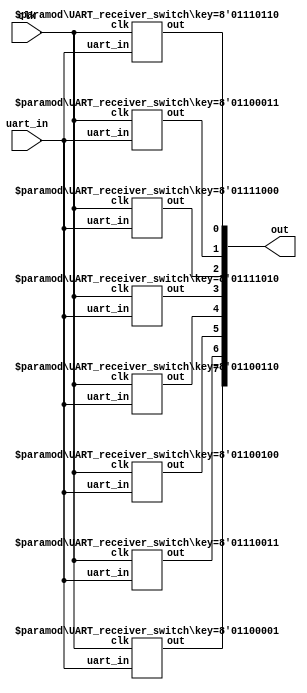
`timescale 1ns / 1ps
//////////////////////////////////////////////////////////////////////////////////
// Company: 
// Engineer: 
// 
// Design Name: 
// Module Name: uart
// Project Name: 
// Target Devices: 
// Tool Versions: 
// Description: 
// 
// Dependencies: 
// 
// Revision:
// Revision 0.01 - File Created
// Additional Comments:
// 
//////////////////////////////////////////////////////////////////////////////////


module UART_receiver_multiple_Keys(
      input clk, // input clock
      input uart_in, // input receiving data line
      output [7:0]out // output
    );
	
	UART_receiver_switch #(8'h61) IN7 (clk, uart_in, out[7]);	//character 'a'
	UART_receiver_switch #(8'h73) IN6 (clk, uart_in, out[6]);	//character 's'
	UART_receiver_switch #(8'h64) IN5 (clk, uart_in, out[5]);	//character 'd'
	UART_receiver_switch #(8'h66) IN4 (clk, uart_in, out[4]);	//character 'f'
	
	UART_receiver_switch #(8'h7a) IN3 (clk, uart_in, out[3]);	//character 'z'
	UART_receiver_switch #(8'h78) IN2 (clk, uart_in, out[2]);	//character 'x'
	UART_receiver_switch #(8'h63) IN1 (clk, uart_in, out[1]);	//character 'c'
	UART_receiver_switch #(8'h76) IN0 (clk, uart_in, out[0]);	//character 'v'
	
endmodule



// UART (Asynchronous) receiver, that gives 0/1 output on out output when 'a' keyboard key ascii value is received
    module UART_receiver_switch # (parameter key = 8'h61) ( 
      input clk, // input clock
      input uart_in, // input receiving data line
      //output [7:0] RxData, // output for 8 bits data
      output out // output level
      );
          
      //internal variables
      reg [3:0] bitcounter = 0; // 4 bits counter to count if 10 bits data transmission complete or not
      reg [1:0] samplecounter = 0; // 2 bits sample counter to count up to 4 for oversampling
      reg clear_bitcounter, inc_bitcounter, inc_samplecounter, clear_samplecounter; // clear or increment the counter
    
      reg [13:0] counter = 0; // 14 bits counter to count the baud rate (symbol rate) for UART receiving
      reg state = 0;  // initial state variable (mealy finite state machine)
      reg nextstate; // next state variable (mealy finite state machine)
      reg shift; // signal to indicate shifting data is ready
      reg [9:0] rxshiftreg; // 10 bits data needed to be shifted in during transmission. For storing the serial package and sending its bits one by one. The least significant bit is initialized with the binary value "0" (a start bit) A binary value "1" is introduced in the most significant bit
    
      reg output_reset = 0; // our output reset
      reg [31:0] time_counter = 0; // needed for our output reset
    
      // Constants (a parameter infers its type from its value)
      parameter clk_freq = 100_000_000;  // system clock frequency
      parameter baud_rate = 9_600; // baud rate (should be agreed upon with the transmitter)
      parameter oversamples = 4; // oversampling
      parameter reset_counter = clk_freq/(baud_rate*oversamples);  // counter upper bound
      // <------------ 100M clock cycles ----------->
      // <------------ 9,600 bits ------------------>
      // <------------ 9,600x4 samples ------------->
      // reset_counter = 2604, means counter goes from 0 to 2604 (during that time I should take 1 sample)
      parameter counter_mid_sample = (oversamples/2);  // this is the middle point of a bit where you want to sample it
      parameter num_bit = 10; // 1 start, 8 data, 1 stop
    
      //parameter key = 8'b01100001; // 8'b01100001; is the binary value of the ASCII character of small 'a' keyboard button
      parameter reset_high_seconds = 1;
      parameter reset_time_counter = clk_freq*reset_high_seconds;
    
    
      assign RxData = rxshiftreg [8:1]; // assign the RxData from the shiftregister
      assign out = output_reset;
    
      // UART receiver logic
      always @ (posedge clk) begin 
        counter <= counter +1; // start count in the counter
        if (counter >= reset_counter-1) begin // if counter reach the baud rate with sampling 
          counter <=0; //reset the counter
          state <= nextstate; // assign the state to nextstate
          if (shift)rxshiftreg <= {uart_in,rxshiftreg[9:1]}; //if shift asserted, load the receiving data
          if (clear_samplecounter) samplecounter <=0; // if clear sampl counter asserted, reset sample counter
          if (inc_samplecounter) samplecounter <= samplecounter +1; //if increment counter asserted, start sample count
          if (clear_bitcounter) bitcounter <=0; // if clear bit counter asserted, reset bit counter
          if (inc_bitcounter)bitcounter <= bitcounter +1; // if increment bit counter asserted, start count bit counter
        end
        
        // Handle our desired reset output
        // if (output_reset == 0 && rxshiftreg[8:1] == key)
           // output_reset <= 1;
        // if (output_reset == 1)
          // if (time_counter >= reset_time_counter) begin
            // time_counter <= 0;
            // output_reset <= 0;
            // rxshiftreg[8:1] <= 0;
          // end
          // else time_counter <= time_counter +1;
          
        if (rxshiftreg[8:1] == key) begin
           output_reset <= ~output_reset;
           rxshiftreg[8:1] <= 0;
           end 
//        else begin
//            output_reset <= output_reset;
//            //rxshiftreg[8:1] <= 0;
//           end 
          
      end
         
      // Finite state machine
      always @ (posedge clk) begin //trigger by clock 
        shift <= 0; // set shift to 0 to avoid any shifting 
        clear_samplecounter <=0; // set clear sample counter to 0 to avoid reset
        inc_samplecounter <=0; // set increment sample counter to 0 to avoid any increment
        clear_bitcounter <=0; // set clear bit counter to 0 to avoid claring
        inc_bitcounter <=0; // set increment bit counter to avoid any count
        nextstate <=0; // set next state to be idle state
        case (state)
          0: begin // idle state
            if (uart_in) // if input uart_in data line asserted
              nextstate <=0; // back to idle state because uart_in needs to be low to start transmission    
            else begin // if input uart_in data line is not asserted
              nextstate <=1; // jump to receiving state 
              clear_bitcounter <=1; // trigger to clear bit counter
              clear_samplecounter <=1; // trigger to clear sample counter
            end
          end
          1: begin // receiving state
            nextstate <= 1; // DEFAULT 
            if (samplecounter == counter_mid_sample - 1) shift <= 1; // if sample counter is 1, trigger shift 
            if (samplecounter == oversamples - 1) begin // if sample counter is 3 as the sample rate used is 3
              if (bitcounter == num_bit - 1) // check if bit counter if 9 or not
                nextstate <= 0; // back to idle state if bit counter is 9 as receving is complete
              inc_bitcounter <=1; // trigger the increment bit counter if bit counter is not 9
              clear_samplecounter <=1; //trigger the sample counter to reset the sample counter
            end
            else inc_samplecounter <=1; // if sample is not equal to 3, keep counting
          end
           default: nextstate <=0; //default idle state
         endcase
      end
    endmodule